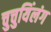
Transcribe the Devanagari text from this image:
चुचुयिंलंग